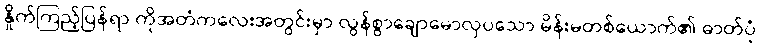
နှိုက်ကြည့်ပြန်ရာ ကိုအတံကလေးအတွင်းမှာ လွန်စွာချောမောလှပသော မိန်းမတစ်ယောက်၏ ဓာတ်ပုံ